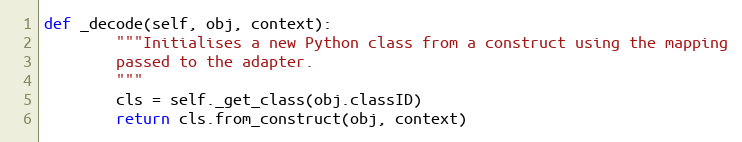
Language: Python
def _decode(self, obj, context):
        """Initialises a new Python class from a construct using the mapping
        passed to the adapter.
        """
        cls = self._get_class(obj.classID)
        return cls.from_construct(obj, context)